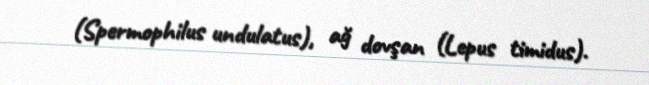
(Spermophilus undulatus), ağ dovşan (Lepus timidus).